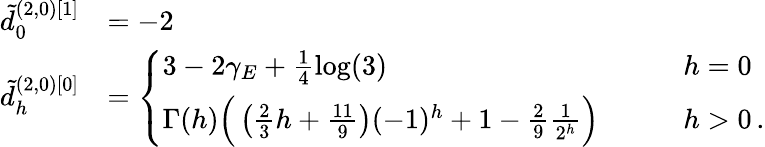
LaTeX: \begin{array}{rl}{\tilde{d}_{0}^{(2,0)[1]}}&{=-2}\\ {\tilde{d}_{h}^{(2,0)[0]}}&{=\left\{ \begin{array}{ll}{3-2\gamma_{E}+\frac{1}{4}\log(3)}&{\qquad h=0}\\ {\Gamma(h)\Big(\left(\frac 23h+\frac{11}{9}\right)(-1)^{h}+1-\frac 29\frac{1}{2^{h}}\Big)}&{\qquad h>0\, .}\end{array}\right.}\end{array}